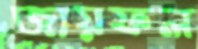
জায়ফল